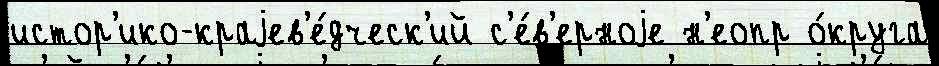
истор'ико-краjев'е́дческ'ий с'е́в'ерноjе н'еопр о́круга